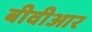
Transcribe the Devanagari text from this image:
बीवीआर